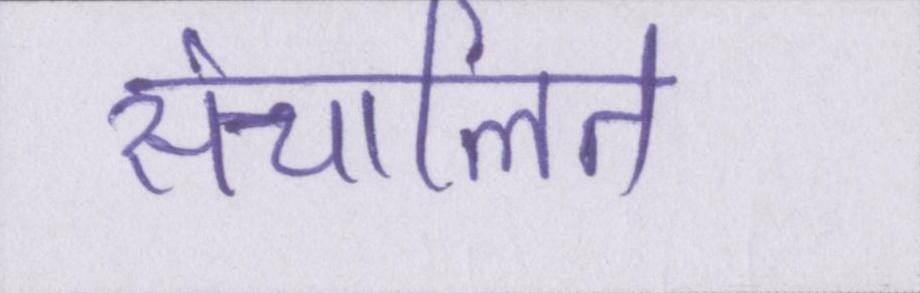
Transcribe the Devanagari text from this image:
संचालित